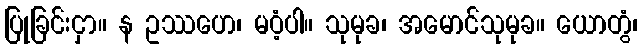
ပြုခြင်းငှာ။ န ဥဿဟေ၊ မဝံ့ပါ။ သုမုခ၊ အမောင်သုမုခ။ ယောတွံ၊